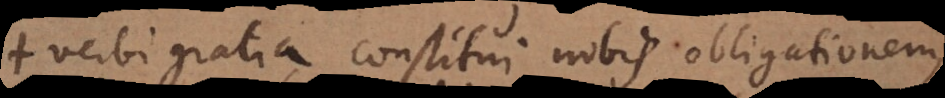
verbi gratia constitui nobis obligationem,